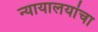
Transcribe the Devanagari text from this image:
न्यायालयांचा